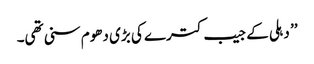
’’ دہلی کے جیب کترے کی بڑی دھوم سنی تھی۔